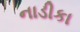
નાડીકા